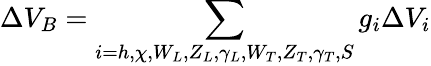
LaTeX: \Delta V_{B}=\sum_{i=h,\chi,W_{L},Z_{L},\gamma_{L},W_{T},Z_{T},\gamma_{T},S}g_{i}\Delta V_{i}